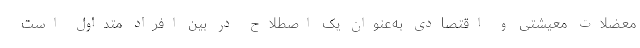
معضلات معیشتی و اقتصادی به‌عنوان یک اصطلاح در بین افراد متداول است